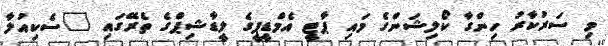
މި ސަރުކާރު ހިންގާ ކޯލިޝަންގެ މައި ޕާޓީ އެމްޑީޕީގެ ލީޑާޝިޕްގެ ތެރޭގައި "ސެކިއުލާ